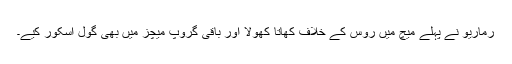
رُماریو نے پہلے میچ میں روس کے خلاف کھاتا کھولا اور باقی گروپ میچز میں بھی گول اسکور کیے۔